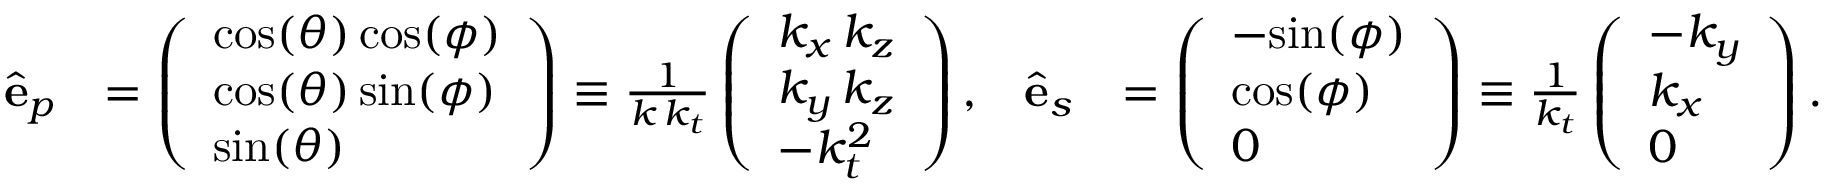
\begin{array} { r l r l } { \hat { \mathbf { e } } _ { p } } & { = \left( \begin{array} { l } { \mathrm { c o s } ( \theta ) \, \mathrm { c o s } ( \phi ) } \\ { \mathrm { c o s } ( \theta ) \, \mathrm { s i n } ( \phi ) } \\ { \mathrm { s i n } ( \theta ) } \end{array} \right) \equiv \frac { 1 } { k \, k _ { t } } \left( \begin{array} { l } { k _ { x } \, k _ { z } } \\ { k _ { y } \, k _ { z } } \\ { - k _ { t } ^ { 2 } } \end{array} \right) , } & { \hat { \mathbf { e } } _ { s } } & { = \left( \begin{array} { l } { - \mathrm { s i n } ( \phi ) } \\ { \mathrm { c o s } ( \phi ) } \\ { 0 } \end{array} \right) \equiv \frac { 1 } { k _ { t } } \left( \begin{array} { l } { - k _ { y } } \\ { k _ { x } } \\ { 0 } \end{array} \right) . } \end{array}